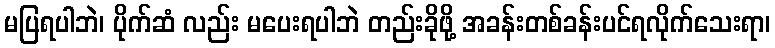
မပြရပါဘဲ၊ ပိုက်ဆံ လည်း မပေးရပါဘဲ တည်းခိုဖို့ အခန်းတစ်ခန်းပင်ရလိုက်သေးရာ၊